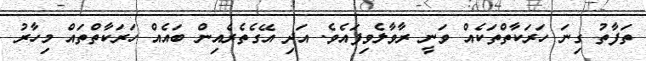
ތަފާތު ގިނަ ހަރަކާތްތަކެއް ވަނީ ރާވާލެވިފައެވެ. އަދި އޭގެތެރެއިން ބައެއް ހަރަކާތްތައް މިހާރު